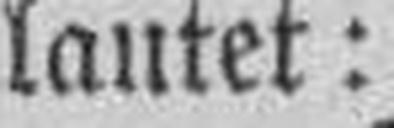
lautet: